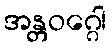
အန္တဝဂ္ဂေါ